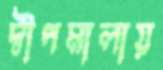
দ্বীপমালায়